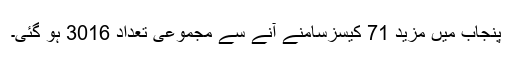
پنجاب میں مزید 71 کیسزسامنے آنے سے مجموعی تعداد 3016 ہو گئی۔